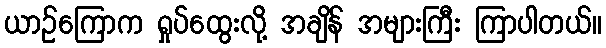
ယာဉ်ကြောက ရှုပ်ထွေးလို့ အချိန် အများကြီး ကြာပါတယ်။